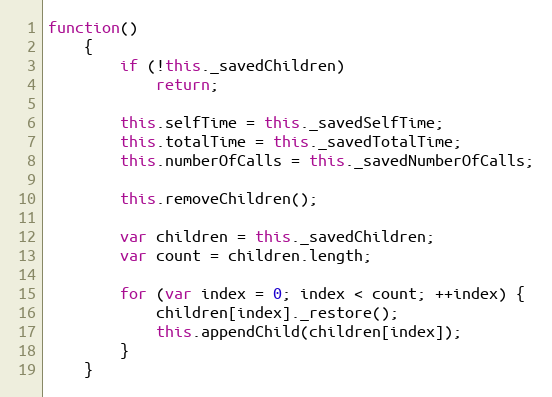
Language: JavaScript
function()
    {
        if (!this._savedChildren)
            return;

        this.selfTime = this._savedSelfTime;
        this.totalTime = this._savedTotalTime;
        this.numberOfCalls = this._savedNumberOfCalls;

        this.removeChildren();

        var children = this._savedChildren;
        var count = children.length;

        for (var index = 0; index < count; ++index) {
            children[index]._restore();
            this.appendChild(children[index]);
        }
    }